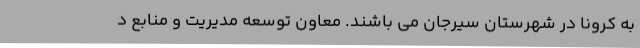
به کرونا در شهرستان سیرجان می باشند. معاون توسعه مدیریت و منابع د